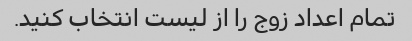
تمام اعداد زوج را از لیست انتخاب کنید.